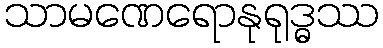
သာမဏေရောနုရုဒ္ဓဿ